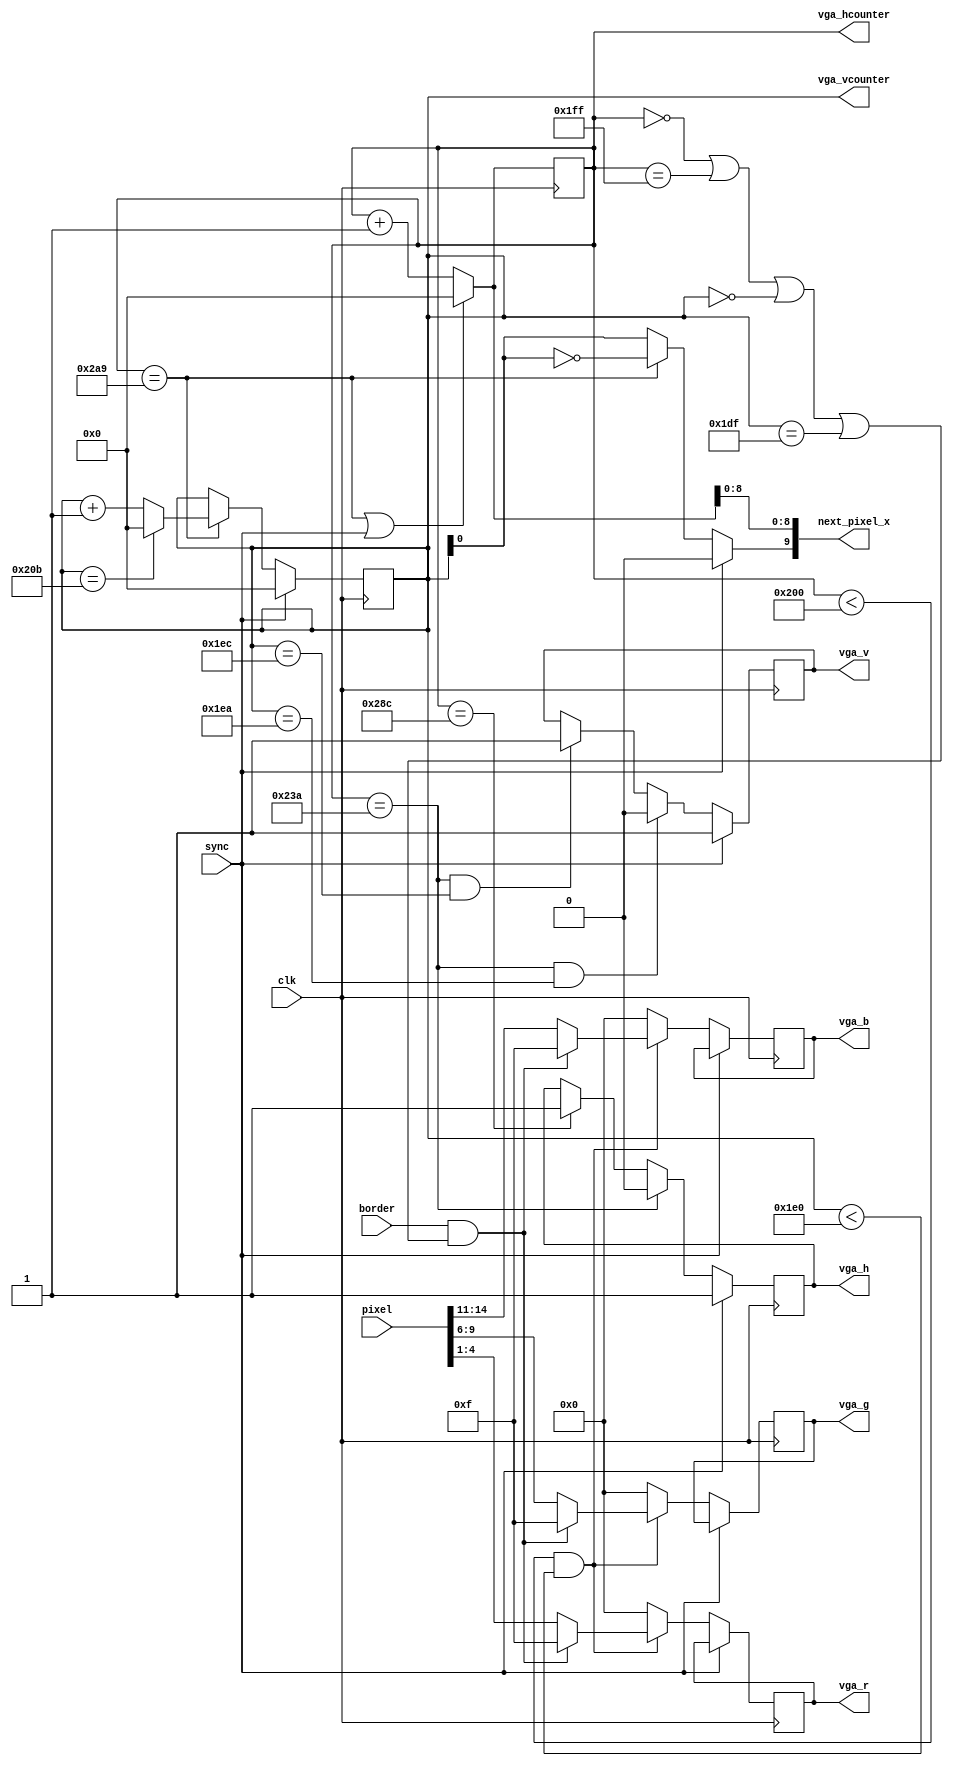
// This program was cloned from: https://github.com/strigeus/fpganes
// License: GNU General Public License v3.0

// Copyright (c) 2012-2013 Ludvig Strigeus
// This program is GPL Licensed. See COPYING for the full license.

module VgaDriver(input clk,
                 output reg vga_h, output reg vga_v,
                 output reg [3:0] vga_r, output reg[3:0] vga_g, output reg[3:0] vga_b,
                 output [9:0] vga_hcounter,
                 output [9:0] vga_vcounter,
                 output [9:0] next_pixel_x, // The pixel we need NEXT cycle.
                 input [14:0] pixel,        // Pixel for current cycle.
                 input sync,
                 input border);
// Horizontal and vertical counters
reg [9:0] h, v;
wire hpicture = (h < 512);                    // 512 lines of picture
wire hsync_on = (h == 512 + 23 + 35);         // HSync ON, 23+35 pixels front porch
wire hsync_off = (h == 512 + 23 + 35 + 82);   // Hsync off, 82 pixels sync
wire hend = (h == 681);                       // End of line, 682 pixels.

wire vpicture = (v < 480);                    // 480 lines of picture
wire vsync_on  = hsync_on && (v == 480 + 10); // Vsync ON, 10 lines front porch.
wire vsync_off = hsync_on && (v == 480 + 12); // Vsync OFF, 2 lines sync signal
wire vend = (v == 523);                       // End of picture, 524 lines. (Should really be 525 according to NTSC spec)
wire inpicture = hpicture && vpicture;
assign vga_hcounter = h;
assign vga_vcounter = v;
wire [9:0] new_h = (hend || sync) ? 0 : h + 1;
assign next_pixel_x = {sync ? 1'b0 : hend ? !v[0] : v[0], new_h[8:0]};

always @(posedge clk) begin
  h <= new_h;
  if (sync) begin
    vga_v <= 1;
    vga_h <= 1;
    v <= 0;
  end else begin
    vga_h <= hsync_on ? 0 : hsync_off ? 1 : vga_h;
    if (hend)
      v <= vend ? 0 : v + 1;
    vga_v <= vsync_on ? 0 : vsync_off ? 1 : vga_v;
    vga_r <= pixel[4:1];
    vga_g <= pixel[9:6];
    vga_b <= pixel[14:11];
    if (border && (h == 0 || h == 511 || v == 0 || v == 479)) begin
      vga_r <= 4'b1111;
      vga_g <= 4'b1111;
      vga_b <= 4'b1111;
    end
    if (!inpicture) begin
      vga_r <= 4'b0000;
      vga_g <= 4'b0000;
      vga_b <= 4'b0000;
    end
  end
end
endmodule